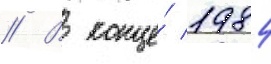
// В конце́ 1984